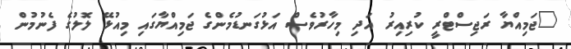
"ޖަމިއްޔާ ރަޖިސްޓްރީ ކުރިއިރު އަދި މިހާރުވެސް އަޅުގަނޑުމެންގެ ޖަމިއްޔާގައި މިއުޅޭ ލޮލުގެ ފެނުމުން